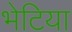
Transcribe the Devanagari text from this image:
भेटिया